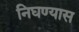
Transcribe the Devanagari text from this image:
निघण्यास